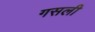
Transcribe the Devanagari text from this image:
गसली